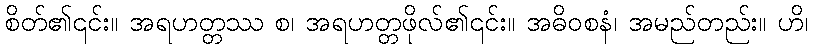
စိတ်၏၎င်း။ အရဟတ္တဿ စ၊ အရဟတ္တဖိုလ်၏၎င်း။ အဓိဝစနံ၊ အမည်တည်း။ ဟိ၊